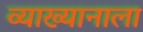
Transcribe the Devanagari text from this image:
व्याख्यानाला